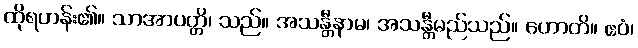
ထိုရဟန်း၏။ သာအာပတ္တိ၊ သည်။ အသန္တီနာမ၊ အသန္တီမည်သည်။ ဟောတိ။ ဧဝံ၊